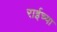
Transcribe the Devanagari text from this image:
राईच्या